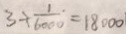
3 \div \frac { 1 } { 6 0 0 0 } = 1 8 0 0 0